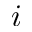
i